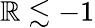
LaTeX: \mathbb{R}\lesssim-1